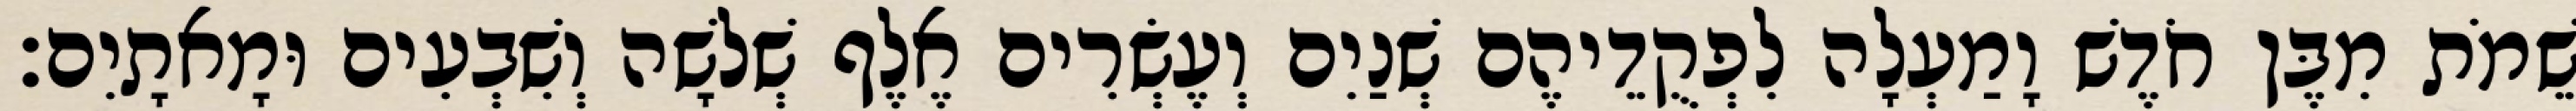
שֵׁמֹת מִבֶּן חֹדֶשׁ וָמַעְלָה לִפְקֻדֵיהֶם שְׁנַיִם וְעֶשְׂרִים אֶלֶף שְׁלשָׁה וְשִׁבְעִים וּמָאתָיִם׃